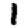
Digit: 1